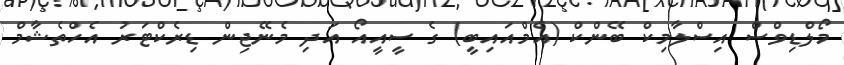
މޯލްޑިވްސް އިސްލާމިކް ބޭންކް (އެމްއައިބީ) ގެ ސީއީއޯ އަދި މެނޭޖިން ޑިރެކްޓަރު އެހްތެޝާމް